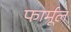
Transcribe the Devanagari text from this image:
फार्मूल